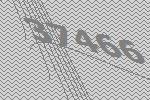
37466